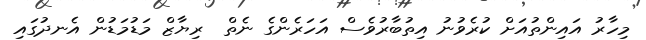
މިހާރު އައިންތުއަށް ކުރެވުނު އިތުބާރުވެސް އަހަރެންގެ ނެތް  ރިޔާޒް މަޑުމަޑުން އެނދުގައި